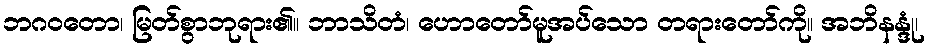
ဘဂဝတော၊ မြတ်စွာဘုရား၏။ ဘာသိတံ၊ ဟောတော်မူအပ်သော တရားတော်ကို။ အဘိနန္ဒုံ၊